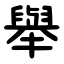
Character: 舉